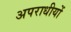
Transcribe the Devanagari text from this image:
अपराधीयों